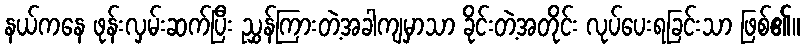
နယ်ကနေ ဖုန်းလှမ်းဆက်ပြီး ညွှန်ကြားတဲ့အခါကျမှာသာ ခိုင်းတဲ့အတိုင်း လုပ်ပေးရခြင်းသာ ဖြစ်၏။